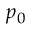
p _ { 0 }